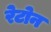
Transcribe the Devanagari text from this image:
रेटोन